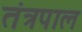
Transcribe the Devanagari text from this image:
तंत्रपाल